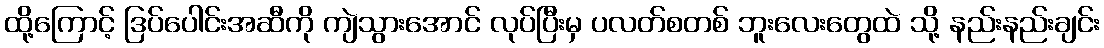
ထို့ကြောင့် ဒြပ်ပေါင်းအဆီကို ကျဲသွားအောင် လုပ်ပြီးမှ ပလတ်စတစ် ဘူးလေးတွေထဲ သို့ နည်းနည်းချင်း